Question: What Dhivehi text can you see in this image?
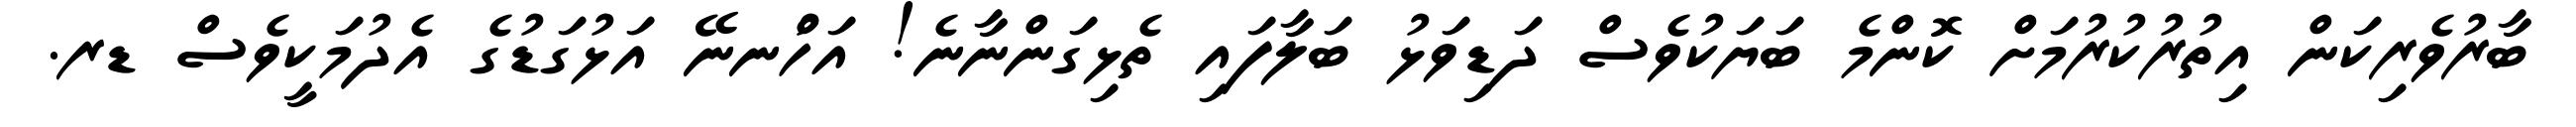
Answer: ބާރުވެރިކަން އިތުރުކުރުމަށް ކޮންމެ ބަޔަކުވެސް ދަޑިވަޅު ބަލާފައި ތެޅިގަންނާނެ! އަހުްނނޭ އަޅުގަޑުގެ އެދުމަކީވެސް ޑރ.